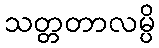
သတ္တတာလမ္ပိ